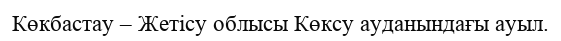
Көкбастау – Жетісу облысы Көксу ауданындағы ауыл.